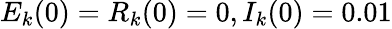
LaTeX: E_{k}(0)=R_{k}(0)=0,{I_{k}(0)=0.01}